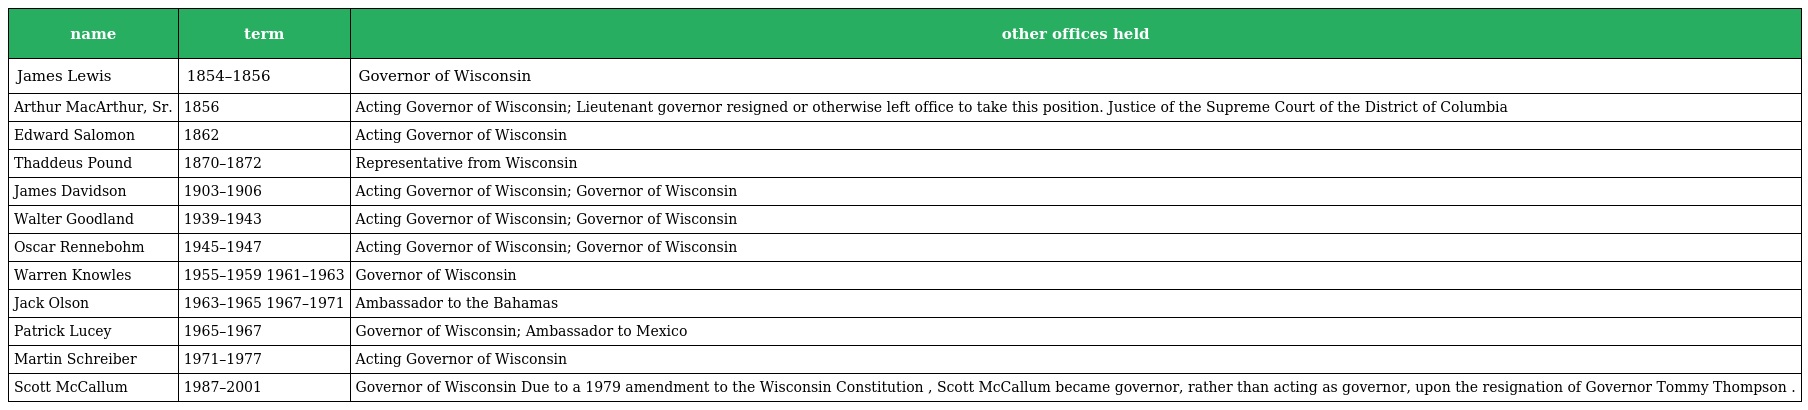
| name | term | other offices held |
 | --- | --- | --- |
 | James Lewis | 1854–1856 | Governor of Wisconsin |
 | Arthur MacArthur, Sr. | 1856 | Acting Governor of Wisconsin; Lieutenant governor resigned or otherwise left office to take this position. Justice of the Supreme Court of the District of Columbia |
 | Edward Salomon | 1862 | Acting Governor of Wisconsin |
 | Thaddeus Pound | 1870–1872 | Representative from Wisconsin |
 | James Davidson | 1903–1906 | Acting Governor of Wisconsin; Governor of Wisconsin |
 | Walter Goodland | 1939–1943 | Acting Governor of Wisconsin; Governor of Wisconsin |
 | Oscar Rennebohm | 1945–1947 | Acting Governor of Wisconsin; Governor of Wisconsin |
 | Warren Knowles | 1955–1959 1961–1963 | Governor of Wisconsin |
 | Jack Olson | 1963–1965 1967–1971 | Ambassador to the Bahamas |
 | Patrick Lucey | 1965–1967 | Governor of Wisconsin; Ambassador to Mexico |
 | Martin Schreiber | 1971–1977 | Acting Governor of Wisconsin |
 | Scott McCallum | 1987–2001 | Governor of Wisconsin Due to a 1979 amendment to the Wisconsin Constitution , Scott McCallum became governor, rather than acting as governor, upon the resignation of Governor Tommy Thompson . |